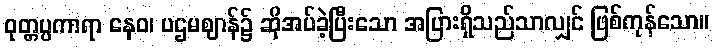
ဝုတ္တပ္ပကာရာ နေဝ၊ ပဌမဈာန်၌ ဆိုအပ်ခဲ့ပြီးသော အပြားရှိသည်သာလျှင် ဖြစ်ကုန်သော။